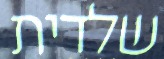
שלדית